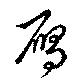
鴈